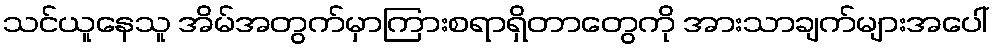
သင်ယူနေသူ အိမ်အတွက်မှာကြားစရာရှိတာတွေကို အားသာချက်များအပေါ်